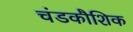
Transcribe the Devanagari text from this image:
चंडकौशिक